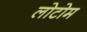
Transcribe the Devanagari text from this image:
लोटोम